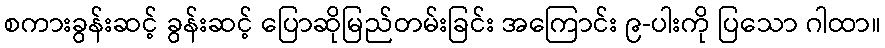
စကားခွန်းဆင့် ခွန်းဆင့် ပြောဆိုမြည်တမ်းခြင်း အကြောင်း ၉-ပါးကို ပြသော ဂါထာ။